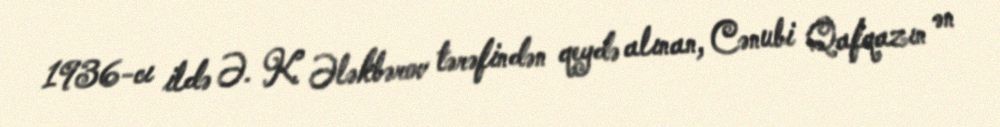
1936-cı ildə Ə. K. Ələkbərov tərəfindən qeydə alınan, Cənubi Qafqazın ən